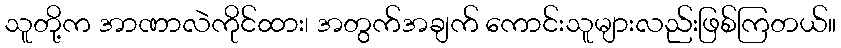
သူတို့က အာဏာလဲကိုင်ထား၊ အတွက်အချက် ကောင်းသူများလည်းဖြစ်ကြတယ်။